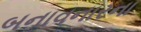
બનાવનારના